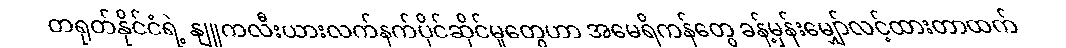
တရုတ်နိုင်ငံရဲ့ နျူကလီးယားလက်နက်ပိုင်ဆိုင်မှုတွေဟာ အမေရိကန်တွေ ခန့်မှန်းမျှော်လင့်ထားတာထက်